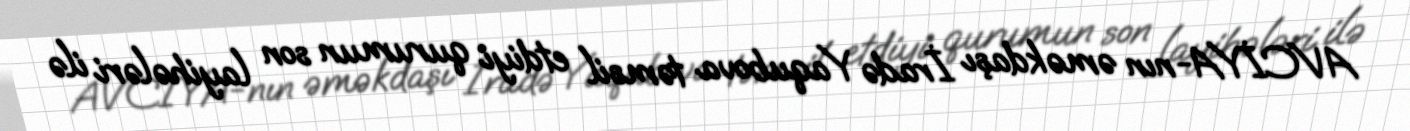
AVCİYA-nın əməkdaşı İradə Yaqubova təmsil etdiyi qurumun son layihələri ilə